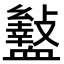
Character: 𮕡